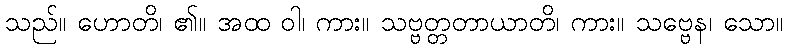
သည်။ ဟောတိ၊ ၏။ အထ ဝါ၊ ကား။ သဗ္ဗတ္တတာယာတိ၊ ကား။ သဗ္ဗေန၊ သော။